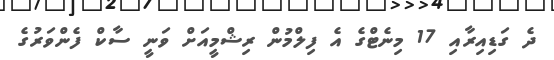
ދެ ގަޑިއިރާއި 17 މިނެޓްގެ އެ ފިލްމުން ރިޝްމީއަށް ވަނީ ސާކް ފެންވަރުގެ